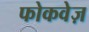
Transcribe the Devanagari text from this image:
फोकवेज़